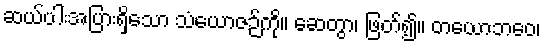
ဆယ်ပါးအပြားရှိသော သံယောဇဉ်ကို။ ဆေတွာ၊ ဖြတ်၍။ တယောဘဝေ၊